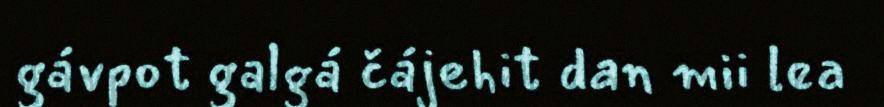
gávpot galgá čájehit dan mii lea